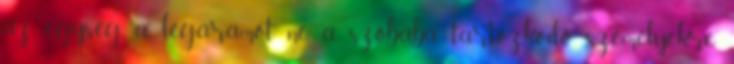
az egység a légáramot ne a szobába tartózkodó személyekre